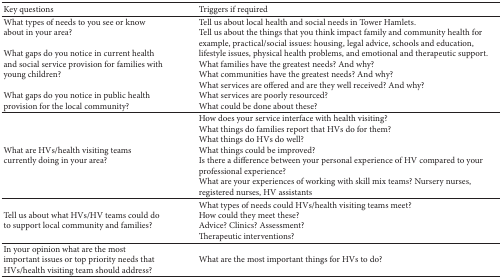
<table><thead><tr><td><b>Key questions</b></td><td><b>Triggers if required</b></td></tr></thead><tbody><tr><td>What types of needs to you see or know about in your area? What gaps do you notice in current health and social service provision for families with young children? What gaps do you notice in public health provision for the local community?</td><td>Tell us about local health and social needs in Tower Hamlets.Tell us about the things that you think impact family and community health for example, practical/social issues: housing, legal advice, schools and education, lifestyle issues, physical health problems, and emotional and therapeutic support.What families have the greatest needs? And why?What communities have the greatest needs? And why?What services are offered and are they well received? And why?What services are poorly resourced?What could be done about these?</td></tr><tr><td>What are HVs/health visiting teams currently doing in your area?</td><td>How does your service interface with health visiting?What things do families report that HVs do for them?What things do HVs do well?What things could be improved?Is there a difference between your personal experience of HV compared to your professional experience?What are your experiences of working with skill mix teams? Nursery nurses, registered nurses, HV assistants</td></tr><tr><td>Tell us about what HVs/HV teams could do to support local community and families?</td><td>What types of needs could HVs/health visiting teams meet?How could they meet these?Advice? Clinics? Assessment?Therapeutic interventions? </td></tr><tr><td>In your opinion what are the most important issues or top priority needs that HVs/health visiting team should address? </td><td>What are the most important things for HVs to do?</td></tr></tbody></table>